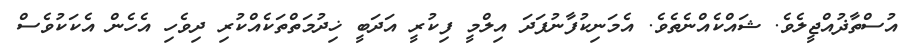
އުސްތާޛުއްޖީލެވެ. ޝައްކެއްނެތެވެ. އެމަނިކުފާނުފަދަ އިލްމީ ފިކުރީ އަދަބީ ޚިދުމަތްތަކެއްކުރި ދިވެހި އެހެން އެކަކުވެސް